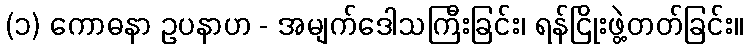
(၁) ကောဓနာ ဥပနာဟ - အမျက်ဒေါသကြီးခြင်း၊ ရန်ငြိုးဖွဲ့တတ်ခြင်း။